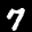
Label: 7